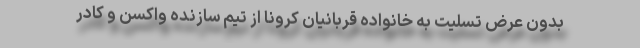
بدون عرض تسلیت به خانواده قربانیان کرونا از تیم سازنده واکسن و کادر